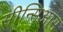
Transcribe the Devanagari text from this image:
सीन्सिआस